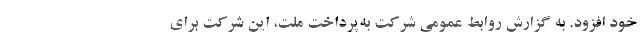
خود افزود. به گزارش روابط عمومی شرکت به‌پرداخت ملت، این شرکت برای